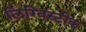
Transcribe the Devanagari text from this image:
लिंग्विस्टीक